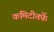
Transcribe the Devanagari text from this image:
कमिटीतर्फे